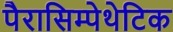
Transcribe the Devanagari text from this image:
पैरासिम्पेथेटिक